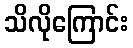
သိလိုကြောင်း